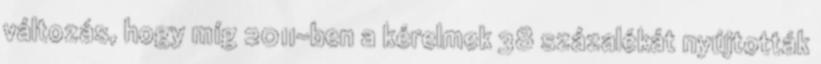
változás, hogy míg 2011-ben a kérelmek 38 százalékát nyújtották